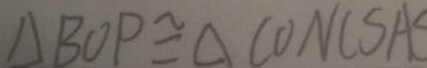
\Delta B O P \cong \Delta C O N ( S A